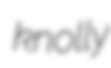
knolly